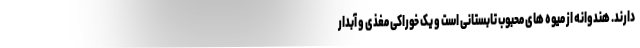
دارند. هندوانه از میوه های محبوب تابستانی است و یک خوراکی مغذی و آبدار